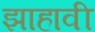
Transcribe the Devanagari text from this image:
झाहावी